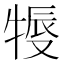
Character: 𤚨